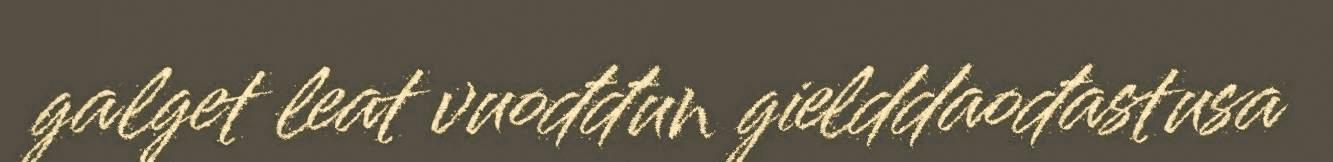
galget leat vuođđun gielddaođastusa